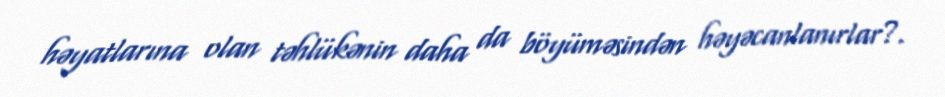
həyatlarına olan təhlükənin daha da böyüməsindən həyəcanlanırlar?.